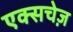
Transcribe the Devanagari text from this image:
एक्सचेज़